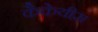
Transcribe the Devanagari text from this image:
कैकेयीस